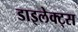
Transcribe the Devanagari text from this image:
डाइलेक्ट्स